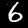
Label: 6